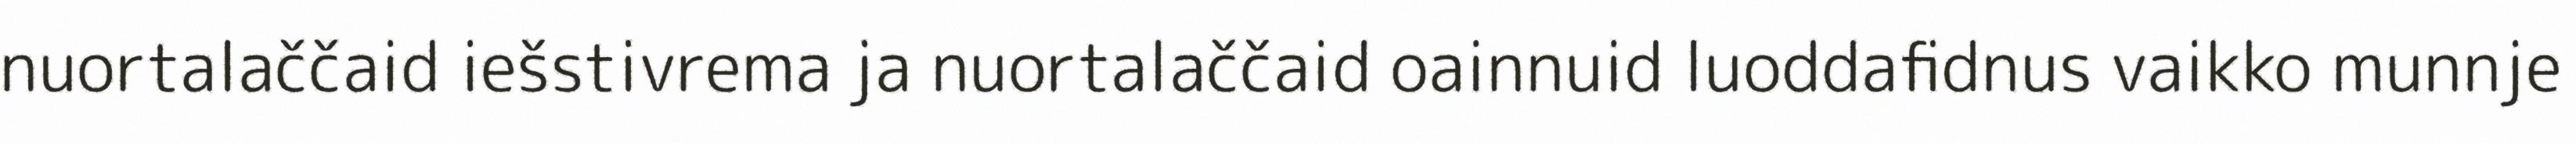
nuortalaččaid iešstivrema ja nuortalaččaid oainnuid luoddafidnus vaikko munnje